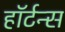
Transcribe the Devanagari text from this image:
हॉर्टन्स